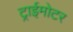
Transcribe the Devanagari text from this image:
ट्राईमोटर